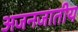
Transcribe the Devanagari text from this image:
अजनजातीय